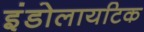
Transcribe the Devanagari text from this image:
इंडोलायटिक